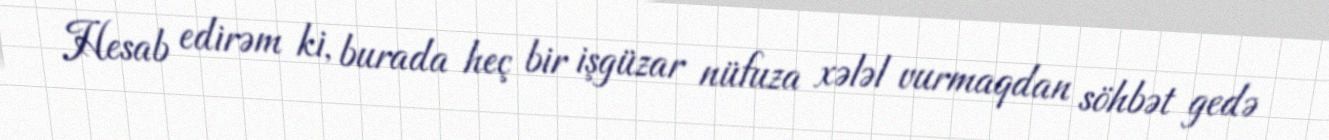
Hesab edirəm ki, burada heç bir işgüzar nüfuza xələl vurmaqdan söhbət gedə